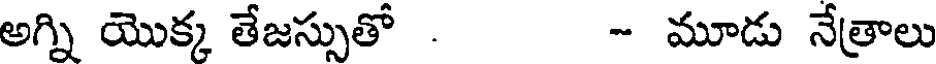
అగ్ని యొక్క తేజస్సుతో . - మూడు నేత్రాలు